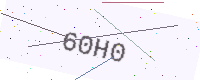
Text: 60H0